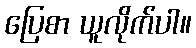
ပြေစာ ယူလိုက်ပါ။